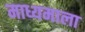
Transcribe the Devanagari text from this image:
माध्यमाला